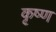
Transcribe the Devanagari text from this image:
कृष्‍ण्‍ा